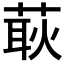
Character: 𦵸